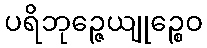
ပရိဘုဉ္ဇေယျုဉ္စေဝ